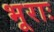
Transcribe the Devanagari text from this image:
भूराः